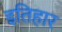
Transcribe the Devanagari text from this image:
इतिहार